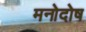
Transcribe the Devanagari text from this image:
मनोदोष